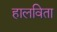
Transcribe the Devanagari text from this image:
हालविता